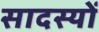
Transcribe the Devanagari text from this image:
सादस्यों